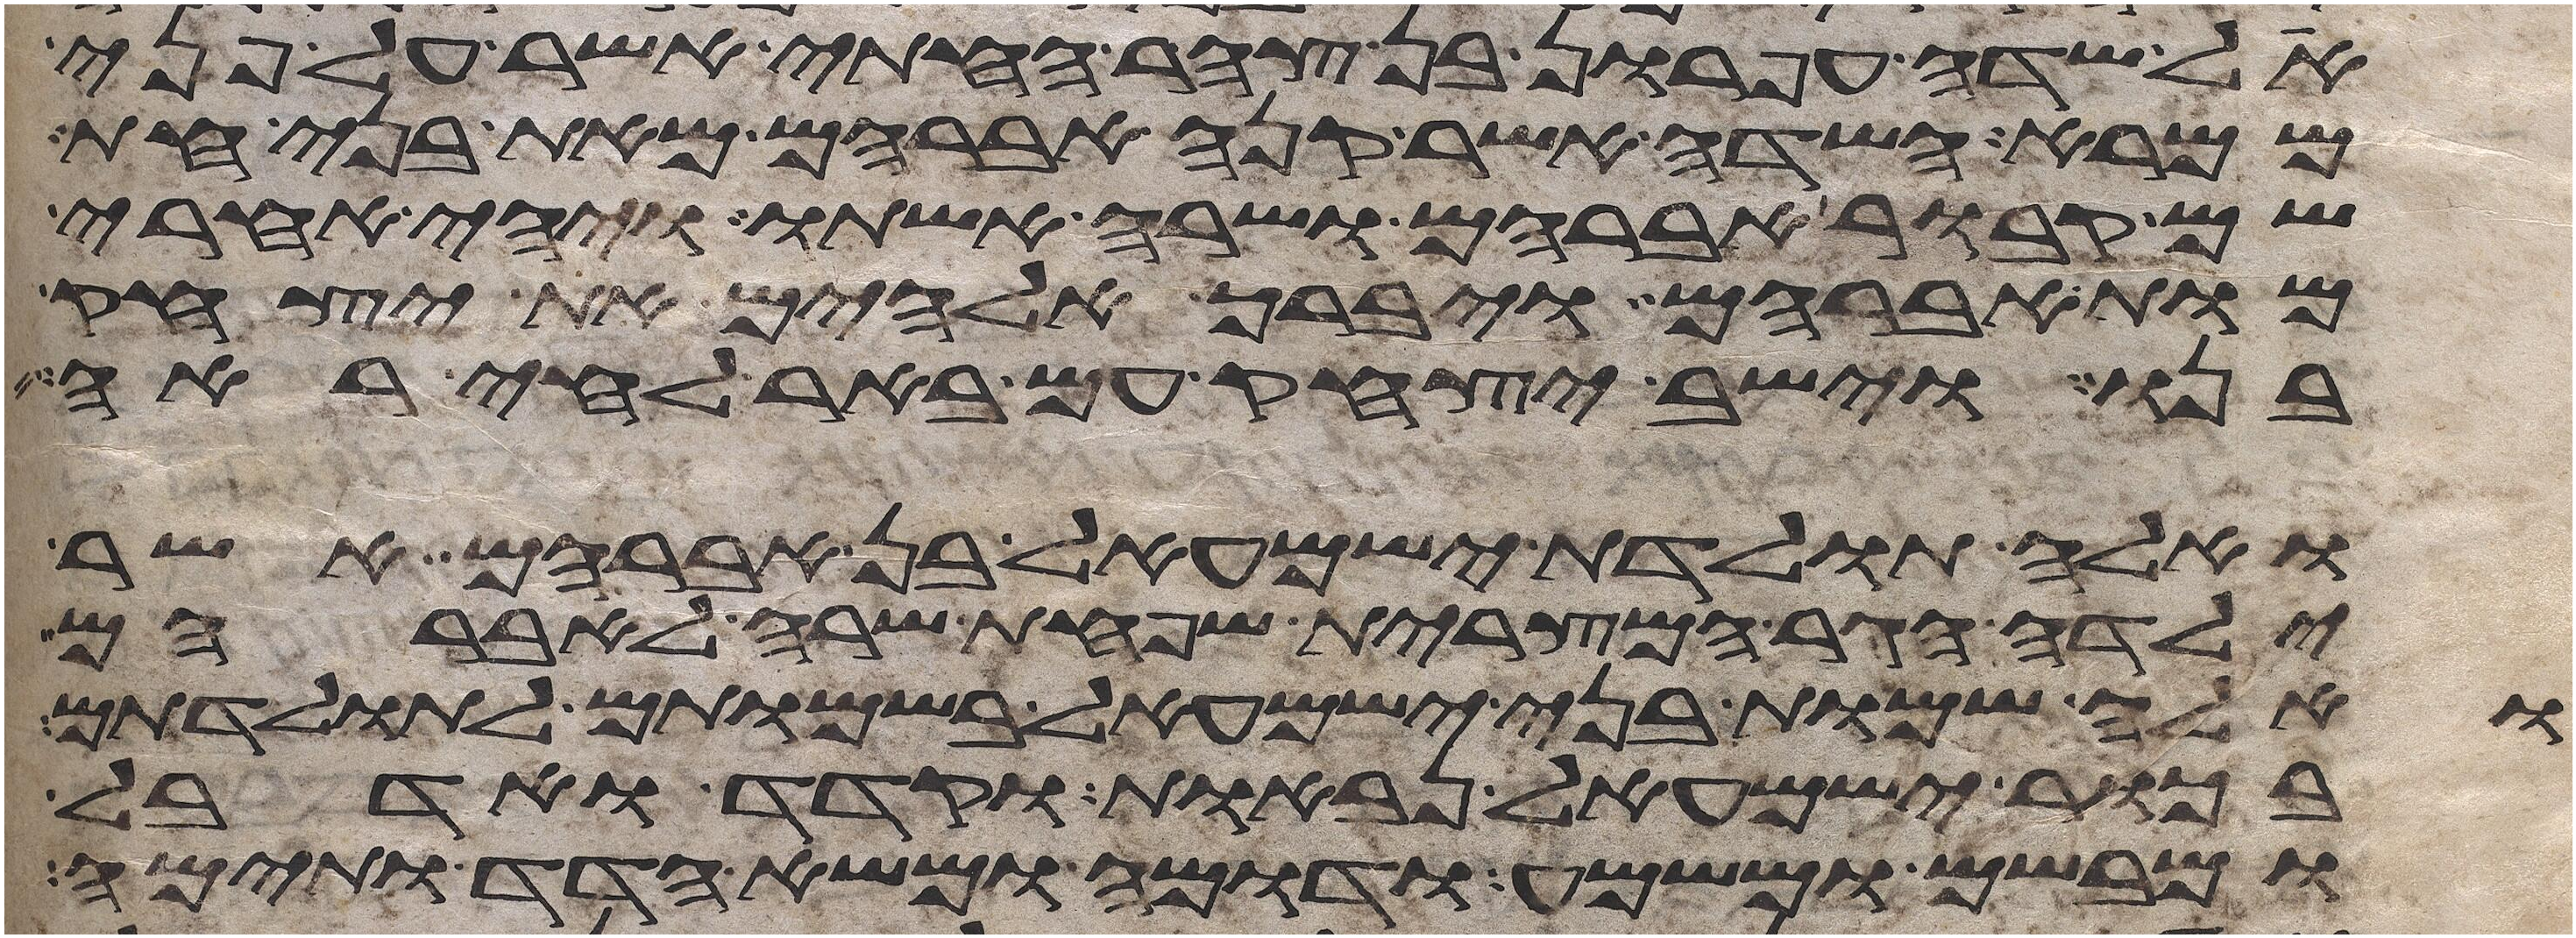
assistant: אל שדה עפרון בן צהר החתי אשר על פני
ממרא השדה אשר קנה אברהם מאת בני חת
שם קבור אברהם ושרה אשתו ויהי אחרי
מות אברהם ויברך אלהים את יצחק
בנו וישב יצחק עם באר לחי ראי
ואלה תולדת ישמעאל בן אברהם אשר
ילדה הגר המצרית שפחת שרה לאברהם
ואלה שמות בני ישמעאל בשמותם לתולדתם
בכור ישמעאל נבאות וקדד ואדבל
ומבשם ומשמע ודומה ומשא הדד ותימה